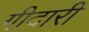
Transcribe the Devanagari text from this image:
गीदारी